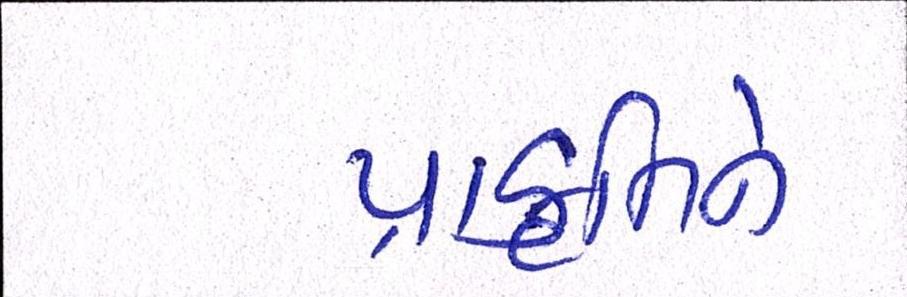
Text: પ્રકૃતિને